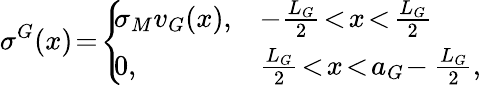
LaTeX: \sigma^{G}(x)\! =\! \left\{ \! \! \begin{array}{ll}{\sigma_{M}v_{G}(x),}&{-\frac{L_{G}}{2}\! <\! x\! <\! \frac{L_{G}}{2}}\\ {0,}&{\frac{L_{G}}{2}\! <\! x\! <\! a_{G}\! -\frac{L_{G}}{2},}\end{array}\right.